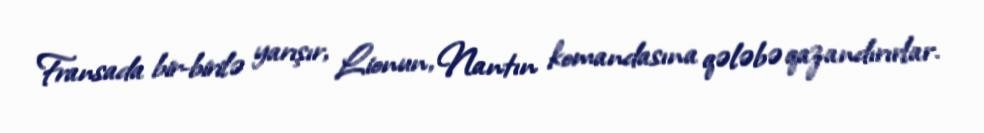
Fransada bir-birilə yarışır, Lionun, Nantın komandasına qələbə qazandırırlar.